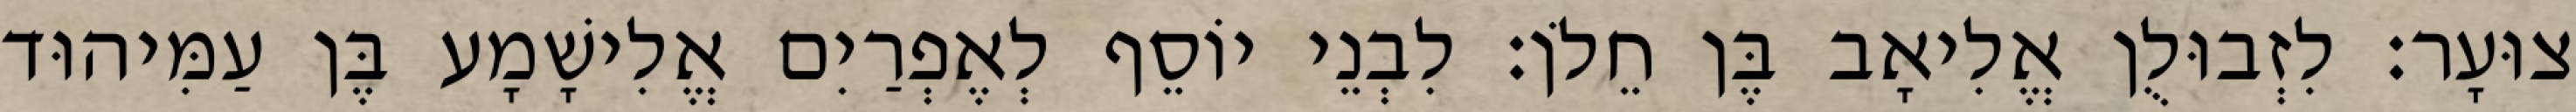
צוּעָר׃ לִזְבוּלֻן אֱלִיאָב בֶּן חֵלֹן׃ לִבְנֵי יוֹסֵף לְאֶפְרַיִם אֱלִישָׁמָע בֶּן עַמִּיהוּד